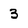
Character: 3